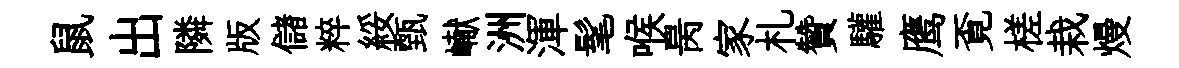
鼠出隣版儲粹綏甄𪩘洲渾髦喉昺家札贊驩鹰覔槎栽熳